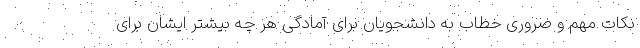
نکات مهم و ضروری خطاب به دانشجویان برای آمادگی هر چه بیشتر ایشان برای